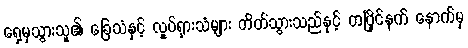
ရှေ့မှသွားသူ၏ ခြေသံနှင့် လှုပ်ရှားသံများ တိတ်သွားသည်နှင့် တပြိုင်နက် နောက်မှ